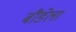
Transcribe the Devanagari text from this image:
बौडेला